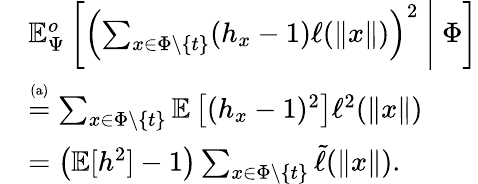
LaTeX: \begin{array}{rl}&{\mathbb{E}_{\Psi}^{o}\left[\left(\sum_{x\in\Phi\setminus\{ t\} }(h_{x}-1)\ell(\| x\| )\right)^{2}~\Bigg|~\Phi\right]}\\ &{\stackrel{\mathrm{\scriptsize(a)}}{=}\sum_{x\in\Phi\setminus\{ t\} }\mathbb{E}\left[(h_{x}-1)^{2}\right]\ell^{2}(\| x\| )}\\ &{=\left(\mathbb{E}[h^{2}]-1\right)\sum_{x\in\Phi\setminus\{ t\} }\tilde{\ell}(\| x\| ).}\end{array}